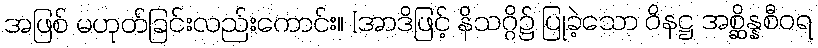
အဖြစ် မဟုတ်ခြင်းလည်းကောင်း။ [အာဒိဖြင့် နိသဂ္ဂိ၌ ပြုခဲ့သော ဝိနဋ္ဌ အစ္ဆိန္နစီဝရ